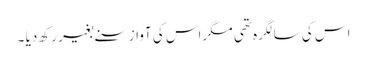
اس کی سالگرہ تھی مگر اس کی آواز سنے بغیر رکھ دیا ۔